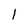
Character: 1